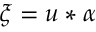
\xi = u * \alpha